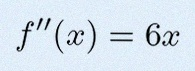
f''(x)=6x